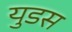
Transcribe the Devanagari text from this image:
युडस